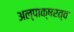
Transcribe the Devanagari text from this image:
अल्पाक्षरत्व